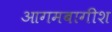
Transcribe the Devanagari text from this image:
आगमबागीश